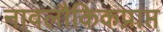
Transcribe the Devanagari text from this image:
नावलौकिकप्राप्त